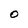
Character: O